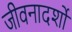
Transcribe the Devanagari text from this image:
जीवनादर्शों